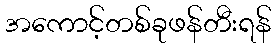
အကောင့်တစ်ခုဖန်တီးရန်